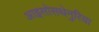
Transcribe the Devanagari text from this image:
आइसोसथेनुरिया